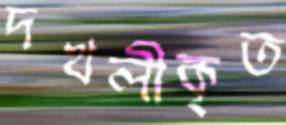
দখলীকৃত